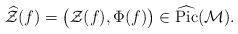
LaTeX: \begin{align*}\widehat{\mathcal{Z}}(f) = \big( \mathcal{Z}(f) , \Phi(f) \big) \in \widehat{\mathrm{Pic}} ( \mathcal{M} ).\end{align*}